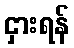
ငှားရန်